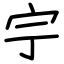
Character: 𡧃